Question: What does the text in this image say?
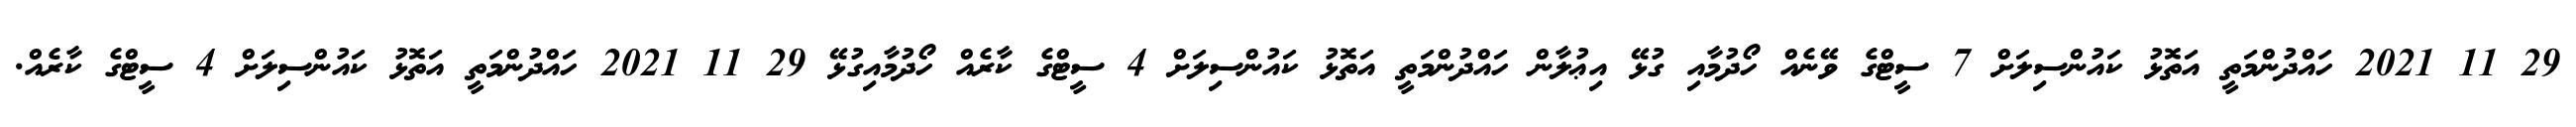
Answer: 29 11 2021 ހައްދުންމަތީ އަތޮޅު ކައުންސިލަށް 7 ސީޓްގެ ވޭނެއް ހޯދުމާއި ގުޅޭ އިޢުލާން ހައްދުންމަތީ އަތޮޅު ކައުންސިލަށް 4 ސީޓްގެ ކާރެއް ހޯދުމާއިގުޅޭ 29 11 2021 ހައްދުންމަތީ އަތޮޅު ކައުންސިލަށް 4 ސީޓްގެ ކާރެއް.